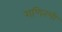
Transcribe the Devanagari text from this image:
गणितची